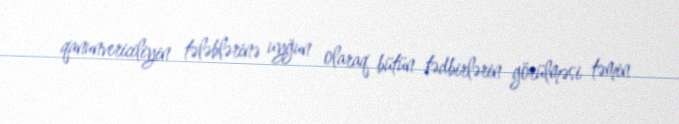
qanunvericiliyin tələblərinə uyğun olaraq bütün tədbirlərin görülməsi təmin